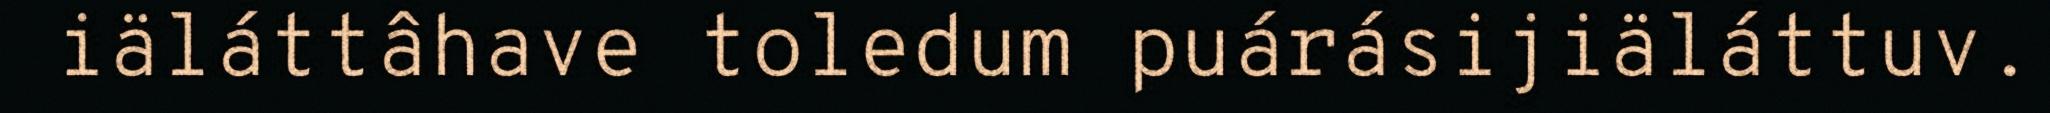
iäláttâhave toledum puárásijiäláttuv.